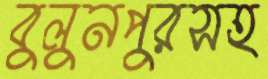
বুলুনপুরসহ